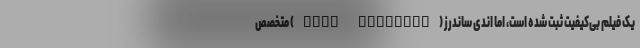
یک فیلم بی‌کیفیت ثبت شده است، اما اندی ساندرز (Andy Saunders) متخصص